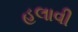
હલાવી